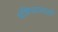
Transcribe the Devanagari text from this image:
मंत्रिपदासाठी